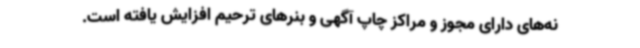
نه‌های دارای مجوز و مراکز چاپ آگهی و بنرهای ترحیم افزایش یافته است.